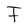
Character: F